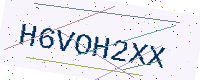
Text: H6VOH2XX